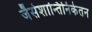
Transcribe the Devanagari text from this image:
जैसेशान्तिनिकेतन